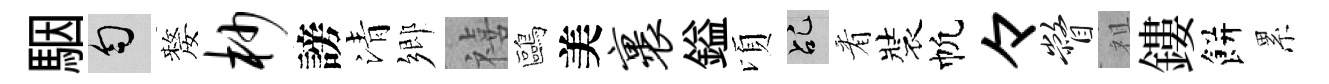
駰匀嫠杪謗清鄉禧鷗美裹鎰頃乩㸔裝帆々瞥祖鏤餅累